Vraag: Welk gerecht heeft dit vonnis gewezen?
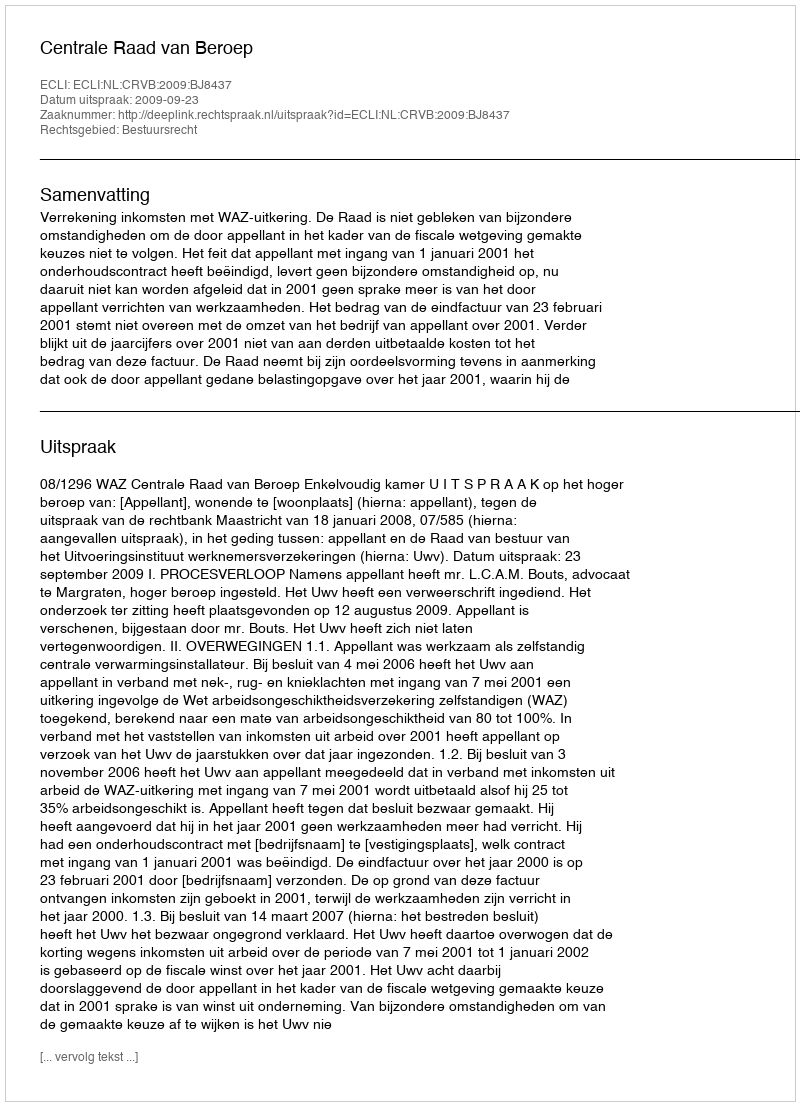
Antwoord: Centrale Raad van Beroep